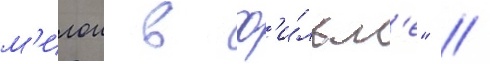
м'илои в ф'и́льм'е" //